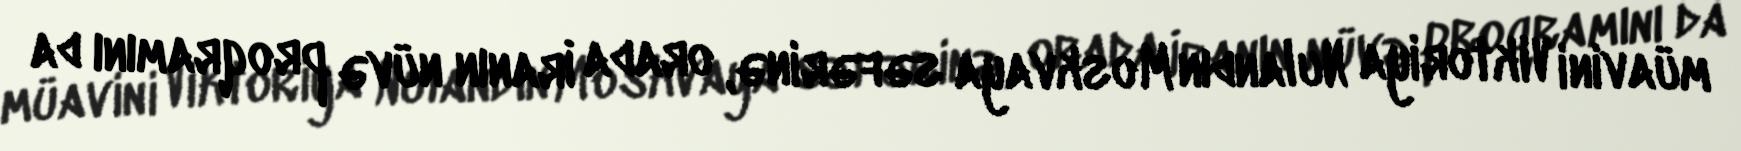
müavini Viktoriya Nulandın Moskvaya səfərinə, orada İranın nüvə proqramını da